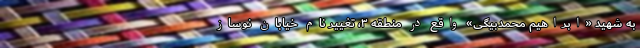
به شهید «ابراهیم محمدبیگی» واقع در منطقه ۳، تغییر نام خیابان نوساز